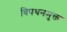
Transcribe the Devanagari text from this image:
विपथनमुक्त